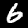
Digit: 6